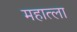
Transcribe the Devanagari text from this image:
महात्ला